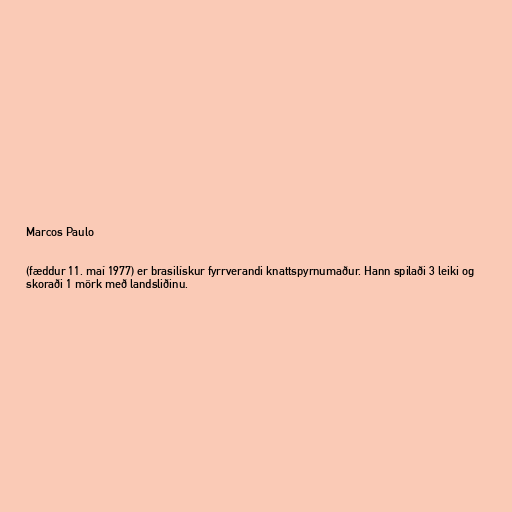
Marcos Paulo

(fæddur 11. maí 1977) er brasilískur fyrrverandi knattspyrnumaður. Hann spilaði 3 leiki og
skoraði 1 mörk með landsliðinu.